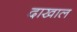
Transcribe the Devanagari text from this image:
दाखाल